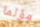
مؤلما